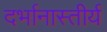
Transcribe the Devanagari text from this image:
दर्भानास्तीर्य